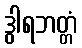
ဒွါရဘတ္တံ